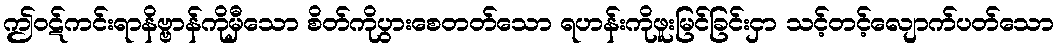
ဤဝဋ်ကင်းရာနိဗ္ဗာန်ကိုမှီသော စိတ်ကိုပွားစေတတ်သော ရဟန်းကိုဖူးမြင်ခြင်းငှာ သင့်တင့်လျောက်ပတ်သော